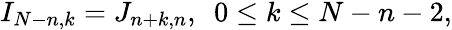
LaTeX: \begin{array}{r}{I_{N-n,k}=J_{n+k,n},\ \ 0\leq k\leq N-n-2,}\end{array}